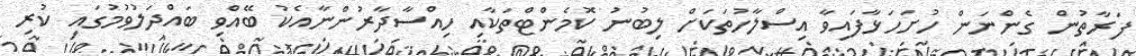
ފަރާތުން ގެންނަން ހުށަހަޅާފައިވާ އިސްލާހުތަކަށް ލިބުނު ކޮމެންޓްތަކާއި ހިއްސާދާރުންނާއެކު ބޭއްވި ބައްދަލުވުމުގައި ކުރި